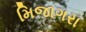
મિજાગરા